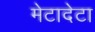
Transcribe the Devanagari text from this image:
मेटादेटा